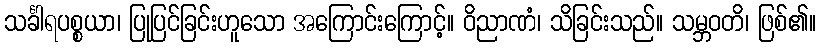
သင်္ခါရပစ္စယာ၊ ပြုပြင်ခြင်းဟူသော အကြောင်းကြောင့်။ ဝိညာဏံ၊ သိခြင်းသည်။ သမ္ဘဝတိ၊ ဖြစ်၏။